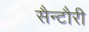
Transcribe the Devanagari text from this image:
सैन्टौरी